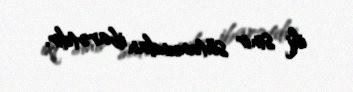
iki sinir sütunundan ibarətdir.